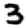
Digit: 3